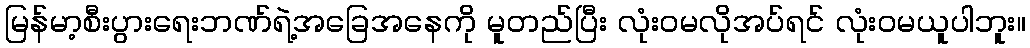
မြန်မာ့စီးပွားရေးဘဏ်ရဲ့အခြေအနေကို မူတည်ပြီး လုံးဝမလိုအပ်ရင် လုံးဝမယူပါဘူး။